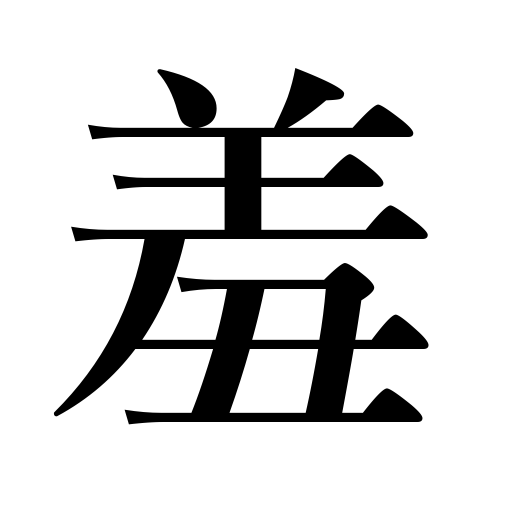
Meanings: feel ashamed